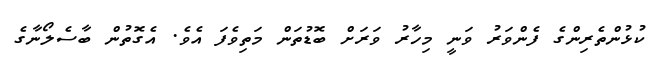
ކުޅުންތެރިންގެ ފެންވަރު ވަނީ މިހާރު ވަރަށް ބޮޑުތަން މަތިވެފަ އެވެ. އެގޮތުން ބާސެލޯނާގެ